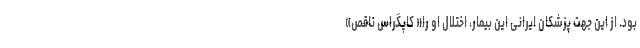
بود. از این جهت پزشکان ایرانی این بیمار، اختلال او را« کاپگراس ناقص»